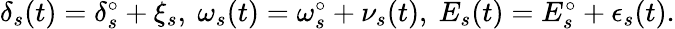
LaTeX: \begin{array}{r}{\delta_{s}(t)=\delta_{s}^{\circ}+\xi_{s},~\omega_{s}(t)=\omega_{s}^{\circ}+\nu_{s}(t),~E_{s}(t)=E_{s}^{\circ}+\epsilon_{s}(t).}\end{array}